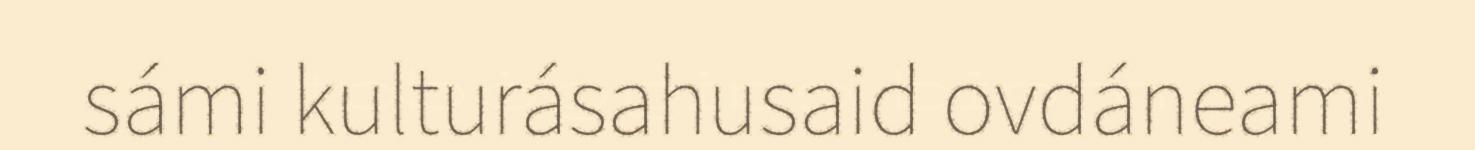
sámi kulturásahusaid ovdáneami